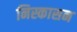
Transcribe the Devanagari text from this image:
निस्कासन